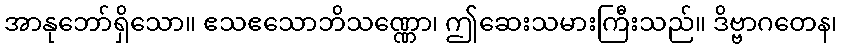
အာနုဘော်ရှိသော။ ဧသဧသောဘိသဏ္ဏော၊ ဤဆေးသမားကြီးသည်။ ဒိဗ္ဗာဂတေန၊